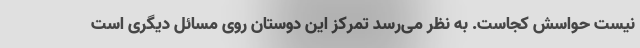
نیست حواسش کجاست. به نظر می‌رسد تمرکز این دوستان روی مسائل دیگری است